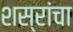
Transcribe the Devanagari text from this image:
शस्रांचा